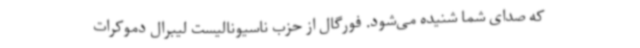
که صدای شما شنیده می‌شود. فورگال از حزب ناسیونالیست لیبرال دموکرات